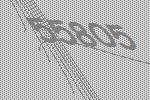
55805